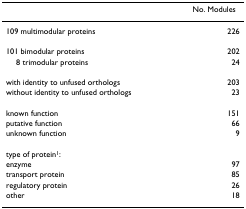
|  | No. Modules |
 | --- | --- |
 | 109 multimodular proteins | 226 |
 | 101 bimodular proteins | 202 |
 | 8 trimodular proteins | 24 |
 | with identity to unfused orthologs | 203 |
 | without identity to unfused orthologs | 23 |
 | known function | 151 |
 | putative function | 66 |
 | unknown function | 9 |
 | type of protein1: |  |
 | enzyme | 97 |
 | transport protein | 85 |
 | regulatory protein | 26 |
 | other | 18 |